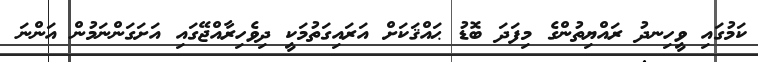
ކަމުގައި ވީހިނދު ރައްޔިތުންގެ މިފަދަ ބޮޑު ޙައްޤަކަށް އަރައިގަތުމަކީ ދިވެހިރާއްޖޭގައި އަށަގަންނަމުން އަންނަ